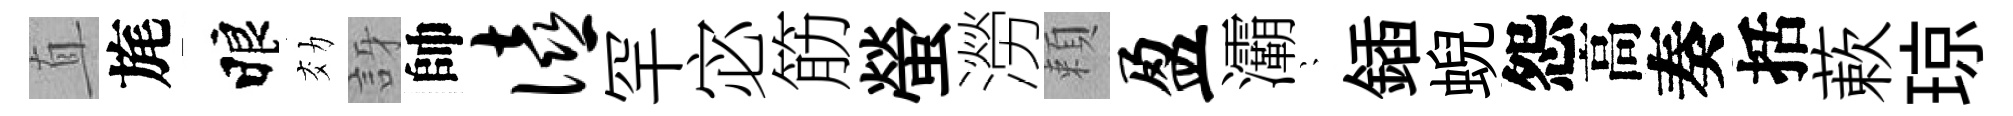
直旄睱効訝帥僖罕宓筋螢澇頼盈灞隠鍤蜺怨高奏括蔌琼